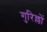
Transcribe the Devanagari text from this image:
गुरिल्लों